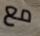
مع